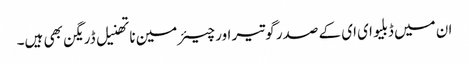
ان میں ڈبلیو ای ای کے صدر گوتیر اور چیئرمین ناتھنیل ڈریگن بھی ہیں۔